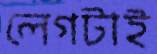
লেগটাই